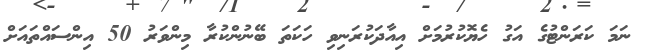
ނަމަ ކަރަންޓުގެ އަގު ހެޔޮކުރުމަށް އިއާދަކުރަނިވި ހަކަތަ ބޭނުންކުރާ މިންވަރު 50 އިންސައްތައަށް